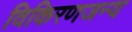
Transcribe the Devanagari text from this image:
विकिरणजन्य